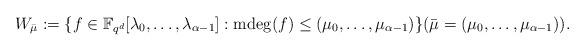
LaTeX: \begin{align*}W_{\bar{\mu}}:=\{ f \in \mathbb{F}_{q^d}[\lambda_0,\ldots,\lambda_{\alpha-1}]: \mathrm{mdeg}(f) \leq (\mu_0,\ldots,\mu_{\alpha-1})\} (\bar{\mu} = (\mu_0,\ldots,\mu_{\alpha-1})).\end{align*}